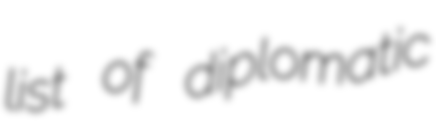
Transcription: list of diplomatic